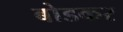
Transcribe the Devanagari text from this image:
बोडकर